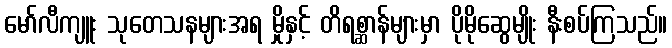
မော်လီကျူး သုတေသနများအရ မှိုနှင့် တိရစ္ဆာန်များမှာ ပိုမိုဆွေမျိုး နီးစပ်ကြသည်။